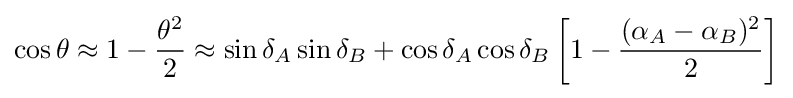
\cos \theta \approx 1-{\frac {\theta ^{2}}{2}}\approx \sin \delta _{A}\sin \delta _{B}+\cos \delta _{A}\cos \delta _{B}\left[1-{\frac {(\alpha _{A}-\alpha _{B})^{2}}{2}}\right]